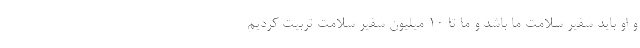
و او باید سفیر سلامت ما باشد و ما تا ۱۰ میلیون سفیر سلامت تربیت کردیم